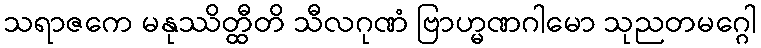
သရာဇကေ မနုဿိတ္ထီတိ သီလဂုဏံ ဗြာဟ္မဏဂါမော သုညတမဂ္ဂေါ